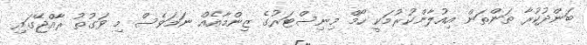
ބަންދުކުރާ ތަންތަން އިއުލާންކުރުމަކީ ހޯމް މިނިސްޓަރުގެ ޒިންމާއެއް ނަމަވެސް މި ވަގުތު ރާއްޖޭގައި